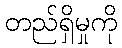
တည်ရှိမှုကို